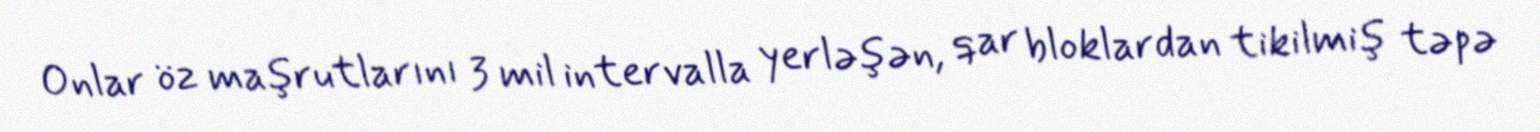
Onlar öz maşrutlarını 3 mil intervalla yerləşən, qar bloklardan tikilmiş təpə